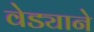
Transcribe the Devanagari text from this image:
वेड्याने